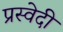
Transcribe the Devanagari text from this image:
प्रस्वेदी